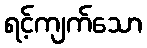
ရင့်ကျက်သော